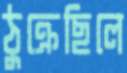
ঠুক্‌রেছিলে